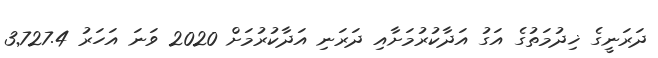
ދަރަނީގެ ޚިދުމަތުގެ އަގު އަދާކުރުމަށާއި ދަރަނި އަދާކުރުމަށް 2020 ވަނަ އަހަރު 3